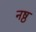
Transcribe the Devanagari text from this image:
नष्ठ